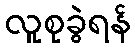
လူစုခွဲရန်